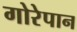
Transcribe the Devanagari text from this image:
गोरेपान